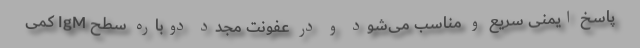
پاسخ ایمنی سریع و مناسب می‌شود و در عفونت مجدد دوباره سطح IgM کمی